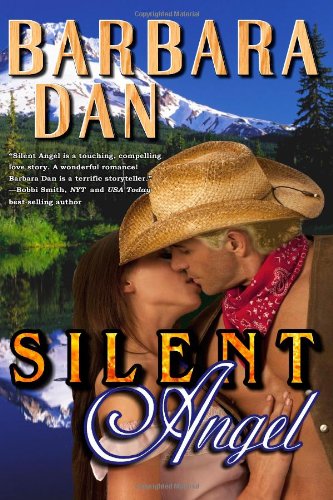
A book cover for Silent Angel; Barbara Dan; Romance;